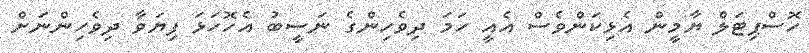
ހޮސްޕިޓަލް ޔާމީން އެޅިކަންވެސް އެއީ ހަމަ ދިވެހިންގެ ނަސީބު އެހޮހަޅަ ފިޔަވާ ދިވެހިންނަށް